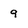
Character: 9